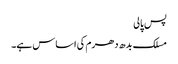
پس پالی
مسلک بدھ دھرم کی اساس ہے۔